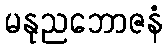
မနုညဘောဇနံ